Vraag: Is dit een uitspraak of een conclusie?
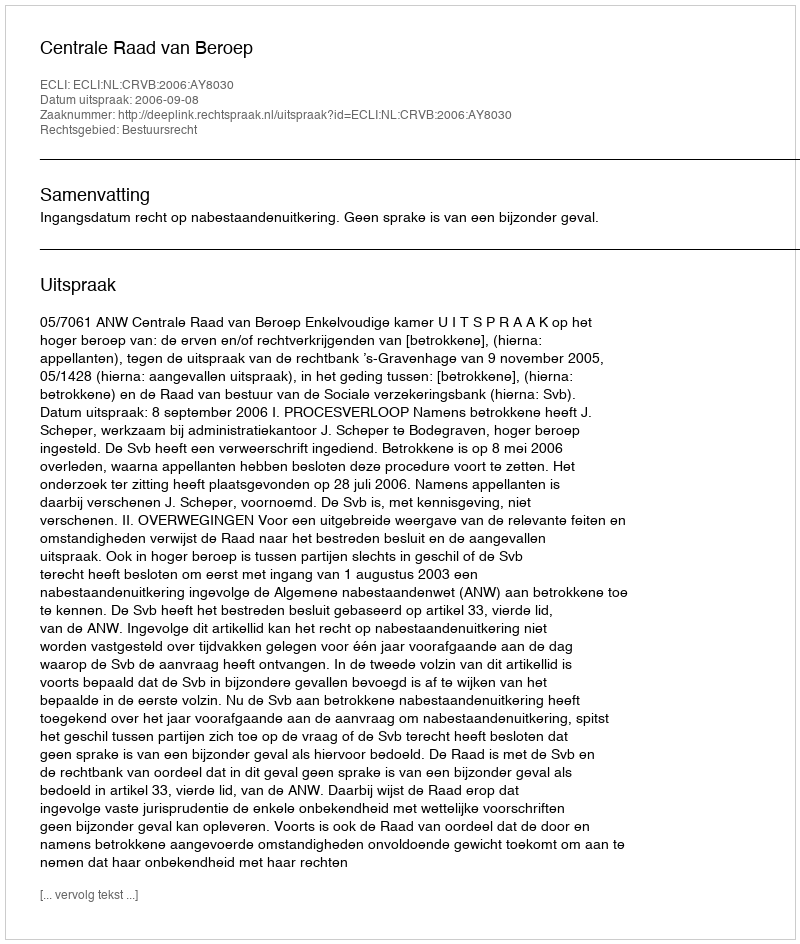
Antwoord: Uitspraak